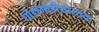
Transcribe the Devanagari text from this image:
घोडागाडीसारख्या